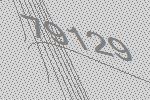
79129